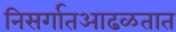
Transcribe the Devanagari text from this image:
निसर्गातआढळतात